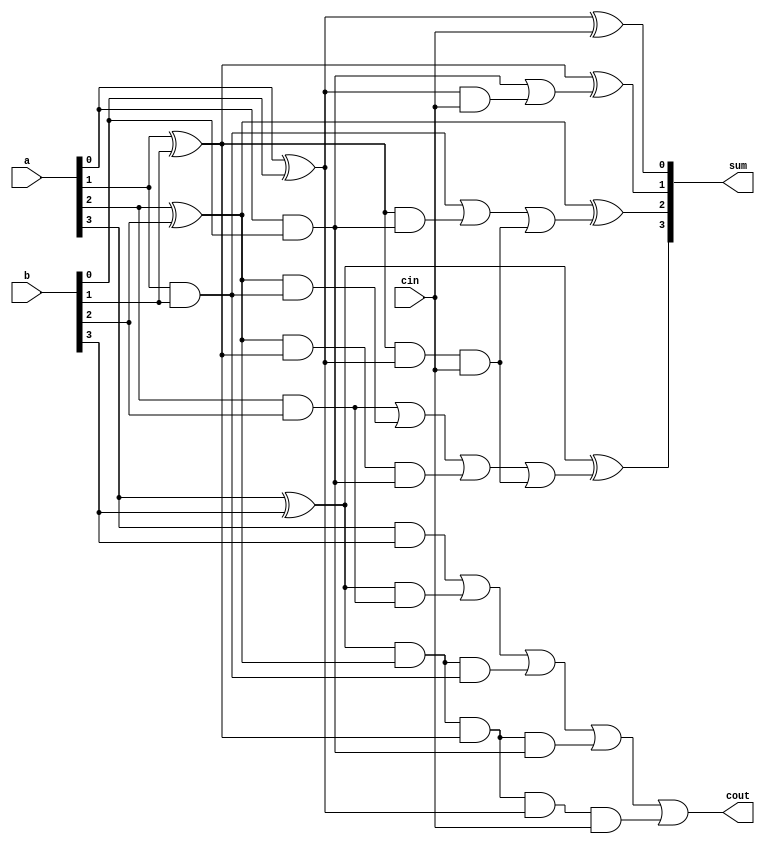
`timescale 1ns / 1ps
//////////////////////////////////////////////////////////////////////////////////
// Company: 
// Engineer: 
// 
// Design Name: 
// Module Name: hybrid_adder
// Project Name: 
// Target Devices: 
// Tool Versions: 
// Description: 
// 
// Dependencies: 
// 
// Revision:
// Revision 0.01 - File Created
// Additional Comments:
// 
//////////////////////////////////////////////////////////////////////////////////



// Assignment - 2
// Problem  - 2
// Semester Aut - 2020 
// Group - 53
// Name_1 : Hardik Aggarwal 
// Roll_1 : 18CS10021
// Name_2 : Sriyash Poddar
// Roll_2 : 18CS30040



 module CLA_Adder(a, b, cin, sum, cout);  // 4 bit carry look ahead adder
    input[3:0] a,b;
    input cin;
    output [3:0] sum;
    output cout;
    wire p0, p1, p2, p3, g0, g1, g2, g3, c1, c2, c3, c4;
    assign p0 = (a[0]^b[0]), 
    p1 = (a[1]^b[1]),                              // assigning the propagating values
    p2 = (a[2]^b[2]), 
    p3 = (a[3]^b[3]);
    assign g0 = (a[0]&b[0]),                       // assigning the generating values 
    g1 = (a[1]&b[1]), 
    g2 = (a[2]&b[2]), 
    g3 = (a[3]&b[3]);
    assign c0 = cin, 
    c1 = g0|(p0&cin),                               // assigning the c values using g and p
    c2 = g1|(p1&g0)|(p1&p0&cin), 
    c3 = g2|(p2&g1)|(p2&p1&g0)|(p1&p1&p0&cin), 
    c4 = g3|(p3&g2)|(p3&p2&g1)|(p3&p2&p1&g0)|(p3&p2&p1&p0&cin);
    assign sum[0] = p0^c0,
    sum[1] = p1^c1,                                      // calculating sum using pi ^ ci 
    sum[2] = p2^c2,
    sum[3] = p3^c3;
    assign cout= c4;
endmodule

module hybrid_adder(a, b, cin , sum, cout);  // 8 bit hybrid adder using two 4 bit carry look ahead adders
input [7:0] a, b;
input cin;
output [7:0]sum;
output cout;
wire c0;
CLA_Adder a0(a[3:0], b[3:0], cin , sum[3:0], c0);                // instance for 4 lsb 
CLA_Adder a1(a[7:4], b[7:4], c0, sum[7:4], cout);                // instance for 4 msb
endmodule